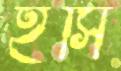
ইসি